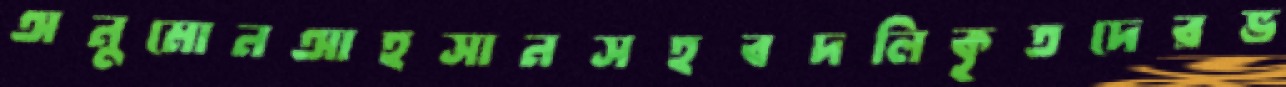
অনুমোনআহসানসহবদলিকৃতদেরভ